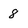
Character: 8